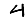
Digit: 4